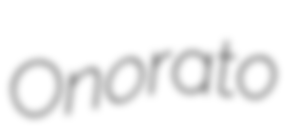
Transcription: Onorato